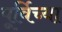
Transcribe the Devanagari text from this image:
पूर्विच्या